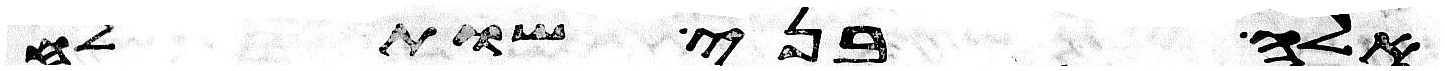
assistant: אלה בני שותלח